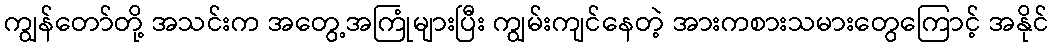
ကျွန်တော်တို့ အသင်းက အတွေ့အကြုံများပြီး ကျွမ်းကျင်နေတဲ့ အားကစားသမားတွေကြောင့် အနိုင်